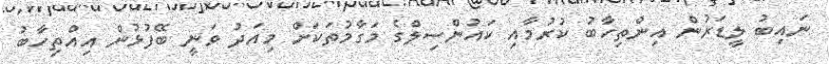
ނައިބު ލީޑަރުން އިންތިހާބު ކުރުމާއި ކައުންސިލްގެ މަގާމުތަކަށް މިއަދު ވަނީ ބޭފުޅުން އިއްތިހާބު